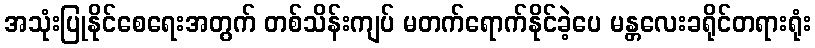
အသုံးပြုနိုင်စေရေးအတွက် တစ်သိန်းကျပ် မတက်ရောက်နိုင်ခဲ့ပေ မန္တလေးခရိုင်တရားရုံး